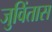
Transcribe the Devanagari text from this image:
जुविंतास